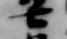
七